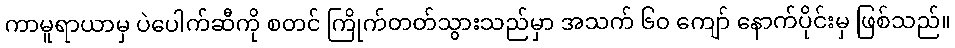
ကာမူရာယာမှ ပဲပေါက်ဆီကို စတင် ကြိုက်တတ်သွားသည်မှာ အသက် ၆၀ ကျော် နောက်ပိုင်းမှ ဖြစ်သည်။